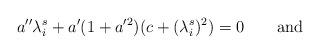
LaTeX: \begin{align*} a''\lambda^{s}_{i}+a'(1+a'^{2})(c+(\lambda^{s}_{i})^{2})=0\;\;\;\;\;\;\textrm{ and }\end{align*}